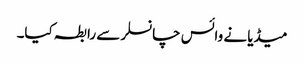
میڈیا نے وائس چانسلر سے رابطہ کیا۔